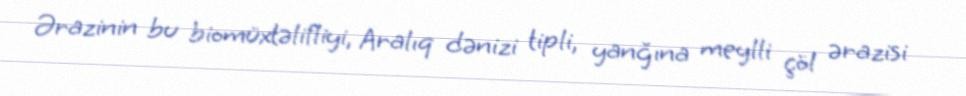
Ərazinin bu biomüxtəlifliyi, Aralıq dənizi tipli, yanğına meylli çöl ərazisi